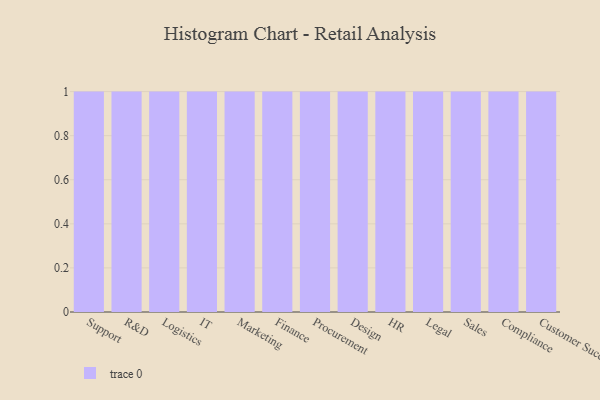
{"axis": {"x": "Department", "y": "Budget (USD K)"}, "legend": [""], "data": [{"x": "Support", "y": 44, "type": ""}, {"x": "R&D", "y": 28, "type": ""}, {"x": "Logistics", "y": 27, "type": ""}, {"x": "IT", "y": 74, "type": ""}, {"x": "Marketing", "y": 29, "type": ""}, {"x": "Finance", "y": 17, "type": ""}, {"x": "Procurement", "y": 58, "type": ""}, {"x": "Design", "y": 10, "type": ""}, {"x": "HR", "y": 55, "type": ""}, {"x": "Legal", "y": 92, "type": ""}, {"x": "Sales", "y": 29, "type": ""}, {"x": "Compliance", "y": 29, "type": ""}, {"x": "Customer Success", "y": 78, "type": ""}]}